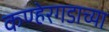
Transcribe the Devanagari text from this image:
कण्हेरगडाच्या